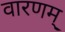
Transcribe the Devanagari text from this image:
वारणम्